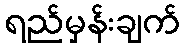
ရည်မှန်းချက်